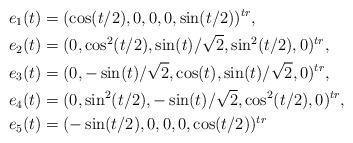
LaTeX: \begin{align*}&e_1(t)= (\cos(t/2), 0, 0, 0, \sin(t/2))^{tr},\\&e_2(t)= (0, \cos^2(t/2), \sin(t)/\sqrt{2},\sin^2(t/2), 0)^{tr},\\&e_3(t)= (0, -\sin(t)/\sqrt{2}, \cos(t), \sin(t)/\sqrt{2}, 0)^{tr},\\&e_4(t)= (0, \sin^2(t/2), -\sin(t)/\sqrt{2}, \cos^2(t/2), 0)^{tr},\\&e_5(t)= (-\sin(t/2), 0, 0, 0, \cos(t/2))^{tr}\end{align*}